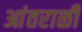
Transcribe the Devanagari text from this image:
आंतराळी